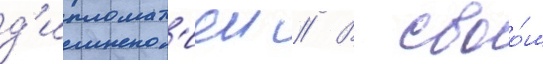
д'ипломат'иеи // В своо́м